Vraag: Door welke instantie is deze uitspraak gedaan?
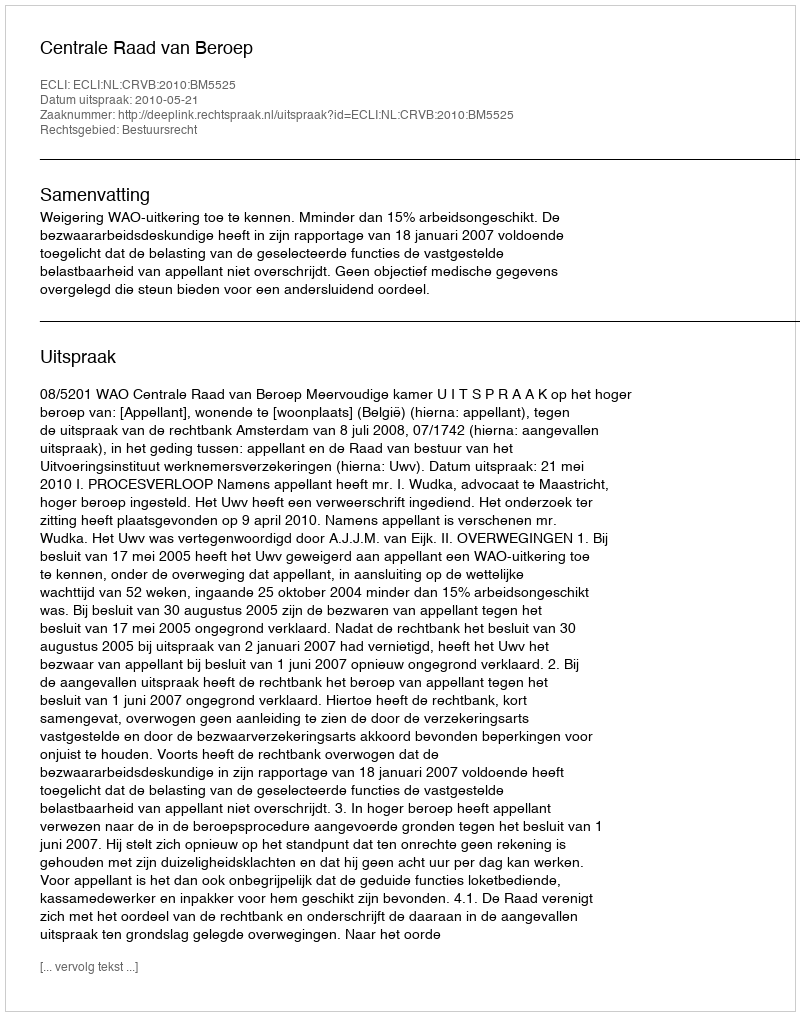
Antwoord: Centrale Raad van Beroep